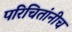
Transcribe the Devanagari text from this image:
परिचितांनीच